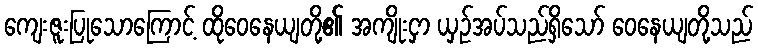
ကျေးဇူးပြုသောကြောင့် ထိုဝေနေယျတို့၏ အကျိုးငှာ ယှဉ်အပ်သည်ရှိသော် ဝေနေယျတို့သည်